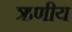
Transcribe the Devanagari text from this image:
ऋणीय